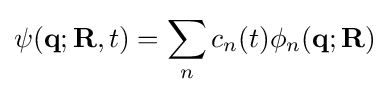
\psi (\mathbf {q} ;\mathbf {R} ,t)=\sum _{n}c_{n}(t)\phi _{n}(\mathbf {q} ;\mathbf {R} )